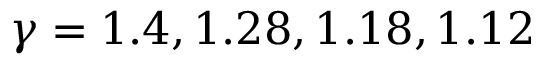
\gamma = 1 . 4 , 1 . 2 8 , 1 . 1 8 , 1 . 1 2